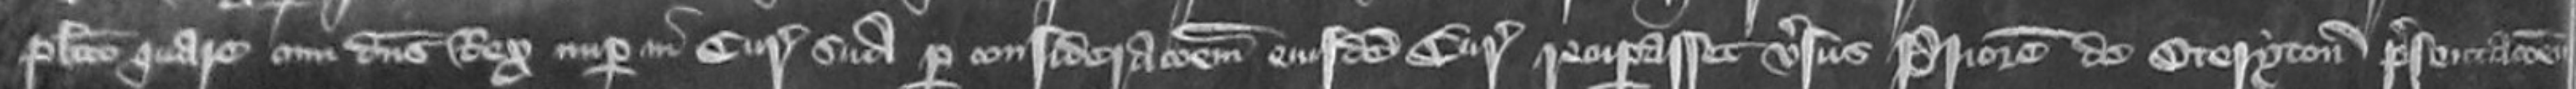
de placito quare cum dominus Rex nuper in Curia sua per considerationem eiusdem Curie recuperasset versus Priorem de Oteryton presentationem